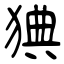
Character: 猠